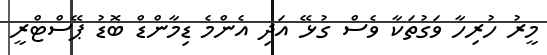
މީރު ހުރިހާ ވަގުތަކާ ވެސް ގުޅޭ އަދި އެންމެ ޑިމާންޑް ބޮޑު ޕޭސްޓްރީ